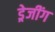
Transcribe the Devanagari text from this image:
ड्रेजींग